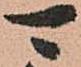
可